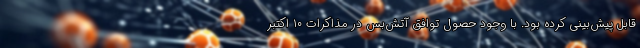
قابل پیش‌بینی کرده بود. با وجود حصول توافق آتش‌بس در مذاکرات ۱۰ اکتبر